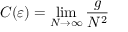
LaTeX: C ( \varepsilon ) = \operatorname* { l i m } _ { N \rightarrow \infty } { \frac { g } { N ^ { 2 } } }